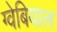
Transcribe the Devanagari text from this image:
ग्वेबियाल